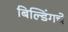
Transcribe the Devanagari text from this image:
बिल्डिंगचे